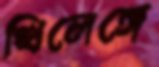
খিলেঙ্গে